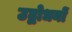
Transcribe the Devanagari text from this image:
उद्बोधनों